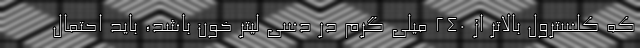
که کلسترول بالاتر از 240 میلی گرم در دسی لیتر خون باشد، باید احتمال